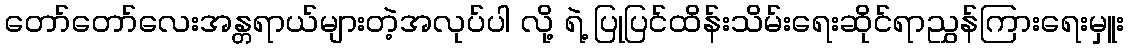
တော်တော်လေးအန္တရာယ်များတဲ့အလုပ်ပါ လို့ ရဲ့ ပြုပြင်ထိန်းသိမ်းရေးဆိုင်ရာညွှန်ကြားရေးမှူး